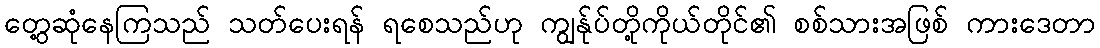
တွေ့ဆုံနေကြသည် သတ်ပေးရန် ရစေသည်ဟု ကျွန်ုပ်တို့ကိုယ်တိုင်၏ စစ်သားအဖြစ် ကားဒေတာ